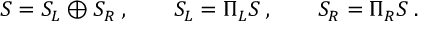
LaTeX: S = S _ { L } \oplus S _ { R } \; , \qquad S _ { L } = \Pi _ { L } S \; , \qquad S _ { R } = \Pi _ { R } S \; .